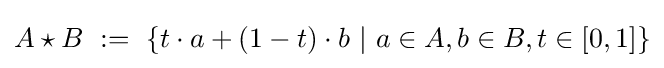
A\star B\ :=\ \{t\cdot a+(1-t)\cdot b~|~a\in A,b\in B,t\in [0,1]\}